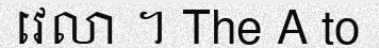
វេលា ។ The A to